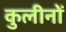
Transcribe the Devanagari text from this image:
कुलीनाें